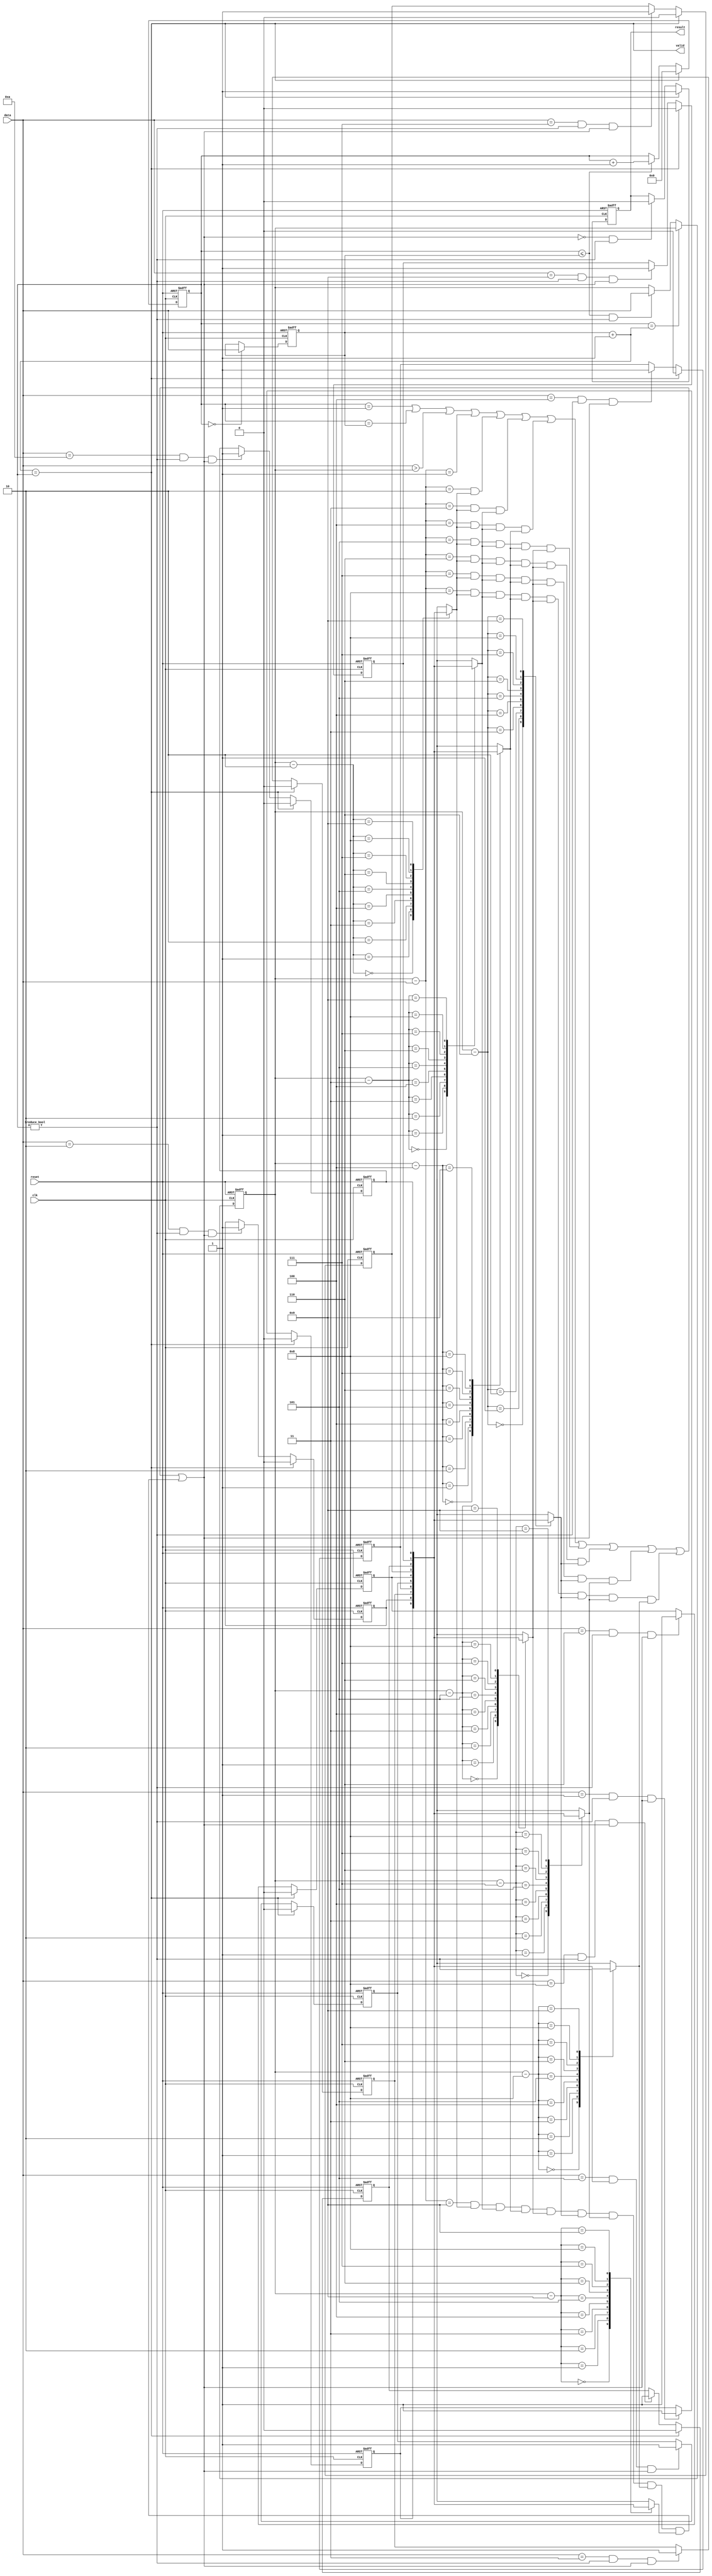
module rails(clk, reset, data, valid, result);

input        clk;
input        reset;
input  [3:0] data;
output 	     valid;
output reg   result; 

reg [3:0] num,count;
reg [3:0] position;
reg [0:0] train [9:0];
wire wr_en;

assign wr_en = ((count == 4'd1) || (count == num) || (data > position) || (position-data == 4'd1)
			   ||(position-data==4'd2 && train[position-2]) || (position-data==4'd3 && train[position-2] && train[position-3])
			   ||(position-data==4'd4 && train[position-2] && train[position-3] && train[position-4])
			   ||(position-data==4'd5 && train[position-2] && train[position-3] && train[position-4] && train[position-5])
			   ||(position-data==4'd6 && train[position-2] && train[position-3] && train[position-4] && train[position-5] && train[position-6])
			   ||(position-data==4'd7 && train[position-2] && train[position-3] && train[position-4] && train[position-5] && train[position-6] && train[position-7])
			   ||(position-data==4'd8 && train[position-2] && train[position-3] && train[position-4] && train[position-5] && train[position-6] && train[position-7] && train[position-8])
			   ||(position-data==4'd9 && train[position-2] && train[position-3] && train[position-4] && train[position-5] && train[position-6] && train[position-7] && train[position-8] && train[position-9]));
      
always@(posedge clk or posedge reset)   
begin
	if(reset)
		count <= 4'd0;
	else if(valid)
		count <= 4'd0;
	else if (count <= num)
		count <= count + 4'd1;
	else
		count <= count;
end

always@(posedge clk or posedge reset)
begin
	if(reset)
		num <= 4'd0;
	else if(count == 4'd0)
		num <= data;
	else
		num <= num;
end

always@(posedge clk or posedge reset)
begin
	if(reset)
		train[0] <= 1'd0;
	else if(valid)
		train[0] <= 1'd0;
	else if(data == 4'd1 && count!= 4'd0 && wr_en)
		train[0] <= 1'd1;
	else
		train[0] <= train[0];
end

always@(posedge clk or posedge reset)
begin
	if(reset)
		train[1] <= 1'd0;
	else if(valid)
		train[1] <= 1'd0;
	else if(data == 4'd2 && count!= 4'd0 && wr_en)
		train[1] <= 1'd1;
	else
		train[1] <= train[1];
end

always@(posedge clk or posedge reset)
begin
	if(reset)
		train[2] <= 1'd0;
	else if(valid)
		train[2] <= 1'd0;
	else if(data == 4'd3 && count!= 4'd0 && wr_en)
		train[2] <= 1'd1;
	else
		train[2] <= train[2];
end

always@(posedge clk or posedge reset)
begin
	if(reset)
		train[3] <= 1'd0;
	else if(valid)
		train[3] <= 1'd0;
	else if(data == 4'd4 && count!= 4'd0 && wr_en)
		train[3] <= 1'd1;
	else
		train[3] <= train[3];
end

always@(posedge clk or posedge reset)
begin
	if(reset)
		train[4] <= 1'd0;
	else if(valid)
		train[4] <= 1'd0;
	else if(data == 4'd5 && count!= 4'd0 && wr_en)
		train[4] <= 1'd1;
	else
		train[4] <= train[4];
end

always@(posedge clk or posedge reset)
begin
	if(reset)
		train[5] <= 1'd0;
	else if(valid)
		train[5] <= 1'd0;
	else if(data == 4'd6 && count!= 4'd0 && wr_en)
		train[5] <= 1'd1;
	else
		train[5] <= train[5];
end

always@(posedge clk or posedge reset)
begin
	if(reset)
		train[6] <= 1'd0;
	else if(valid)
		train[6] <= 1'd0;
	else if(data == 4'd7 && count!= 4'd0 && wr_en)
		train[6] <= 1'd1;
	else
		train[6] <= train[6];
end

always@(posedge clk or posedge reset)
begin
	if(reset)
		train[7] <= 1'd0;
	else if(valid)
		train[7] <= 1'd0;
	else if(data == 4'd8 && count!= 4'd0 && wr_en)
		train[7] <= 1'd1;
	else
		train[7] <= train[7];
end

always@(posedge clk or posedge reset)
begin
	if(reset)
		train[8] <= 1'd0;
	else if(valid)
		train[8] <= 1'd0;
	else if(data == 4'd9 && count!= 4'd0 && wr_en)
		train[8] <= 1'd1;
	else
		train[8] <= train[8];
end

always@(posedge clk or posedge reset)
begin
	if(reset)
		train[9] <= 1'd0;
	else if(valid)
		train[9] <= 1'd0;
	else if(data == 4'd10 && count!= 4'd0 && wr_en)
		train[9] <= 1'd1;
	else
		train[9] <= train[9];
end

always@(posedge clk or posedge reset)
begin
	if(reset)
		position <= 4'd0;
	else if(count == num + 4'd1)
		position <= position;
	else if(count <= num && count != 4'd0)
		position <= data;
	else
		position <= position;
end

assign valid = (num+4'd1 == count);

always@(posedge clk or posedge reset)
begin
	if(reset)
		result <= 1'd0;
	else if(valid)
		result <= 1'd1;
	else if(wr_en == 1'd0 && count != 4'd0)
		result <= 1'd0;
	else
		result <= result;
end

endmodule